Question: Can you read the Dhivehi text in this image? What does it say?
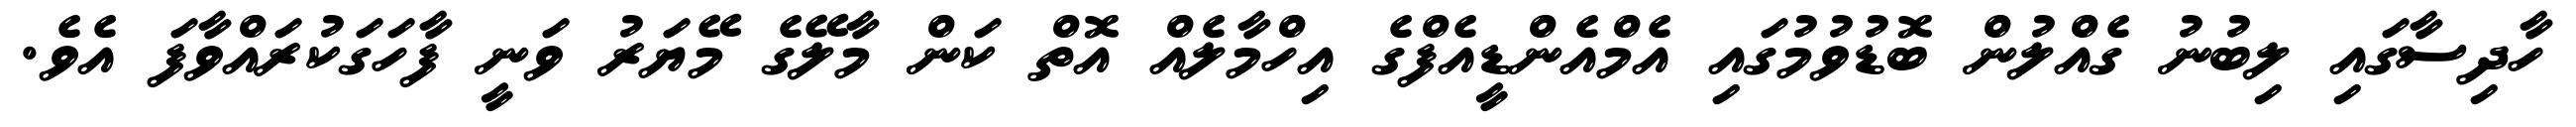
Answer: ހާދިސާގައި ލިބުނު ގެއްލުން ބޮޑުވުމުގައި އެމްއެންޑީއެފްގެ އިހްމާލެއް އޮތް ކަން މާލޭގެ މޭޔަރު ވަނީ ފާހަގަކުރައްވާފަ އެވެ.